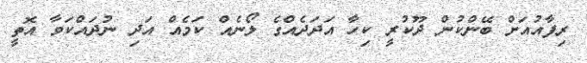
ރިފާއުއަށް ބޭންކުން ދޫކުރީ ކިހާ އަދަދެއްގެ ލޯނެއް ކަމެއް އަދި ނުދައްކަވާ އޮތީ